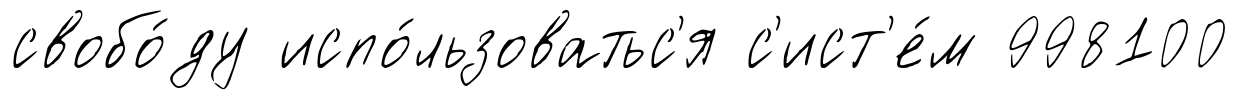
свобо́ду испо́льзоватьс'я с'ист'е́м 998100